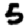
Digit: 5